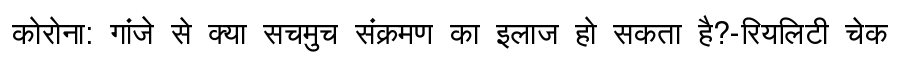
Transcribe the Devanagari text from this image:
कोरोना: गांजे से क्या सचमुच संक्रमण का इलाज हो सकता है?-रियलिटी चेक